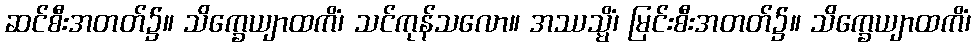
ဆင်စီးအတတ်၌။ သိက္ခေယျာထကိံ၊ သင်ကုန်သလော။ အဿသ္မိံ၊ မြင်းစီးအတတ်၌။ သိက္ခေယျာထကိံ၊